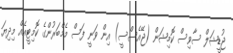
ޖުޑީޝަލް ސާވިސް ކޮމިޝަން (ޖޭއެސްސީ) އިން ވަނީ ފަސް މެމްބަރުންގެ ކޮމިޓީއެއް މިދިޔަ